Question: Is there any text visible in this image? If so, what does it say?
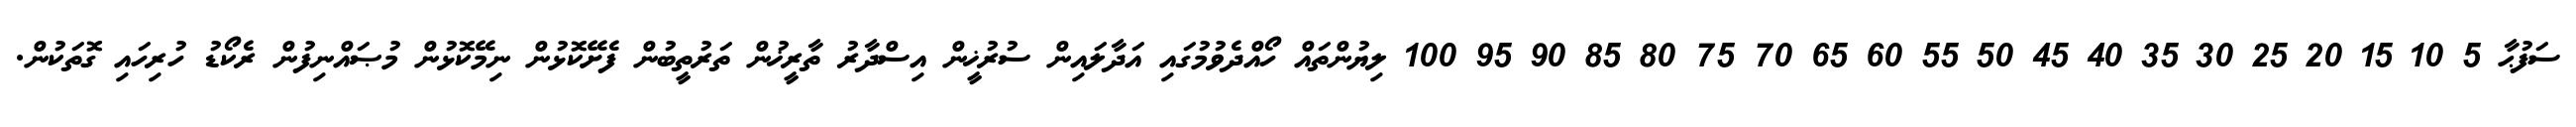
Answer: ސަފުޙާ 5 10 15 20 25 30 35 40 45 50 55 60 65 70 75 80 85 90 95 100 ލިޔުންތައް ހޯއްދެވުމުގައި އަދާލައިން ސުރުޚީން އިސްދާރު ތާރީޚުން ތަރުތީބުން ފެށޭކޮޅުން ނިމޭކޮޅުން މުޞައްނިފުން ރެކޯޑު ހުރިހައި ގޮތަކުން.